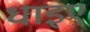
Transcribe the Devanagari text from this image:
धाइए